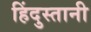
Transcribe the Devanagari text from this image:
हिंदुस्‍तानी